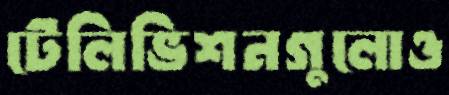
টেলিভিশনগুলোও